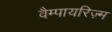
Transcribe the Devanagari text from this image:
वैम्पायरिज़्म